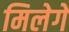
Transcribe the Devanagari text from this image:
मिलेगें